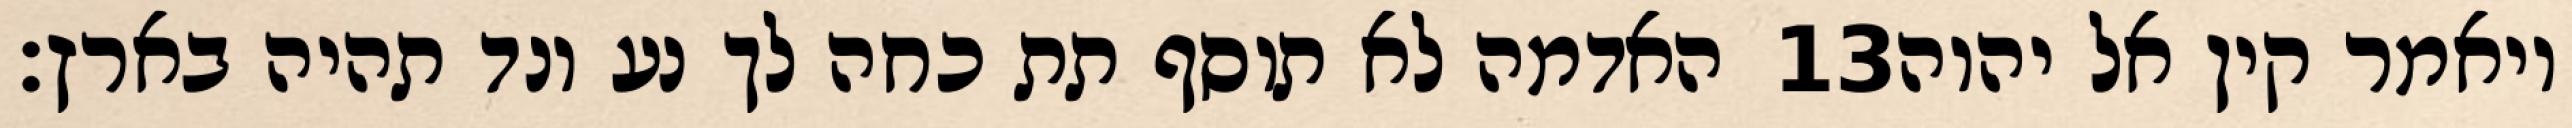
האדמה לא תוסף תת כחה לך נע ונד תהיה בארץ׃ ‎13‏ ויאמר קין אל יהוה